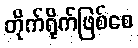
တိုက်ရိုက်ဖြစ်စေ